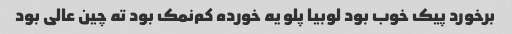
برخورد پیک خوب بود لوبیا پلو یه خورده کم‌نمک بود ته چین عالی بود